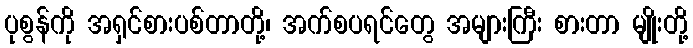
ပုစွန်ကို အရှင်စားပစ်တာတို့၊ အက်စပရင်တွေ အများကြီး စားတာ မျိုးတို့